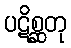
ပဋိစ္ဆတု